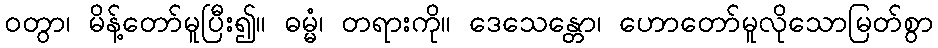
ဝတွာ၊ မိန့်တော်မူပြီး၍။ ဓမ္မံ၊ တရားကို။ ဒေသေန္တော၊ ဟောတော်မူလိုသောမြတ်စွာ